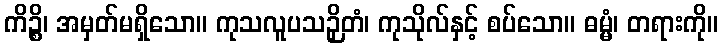
ကိဉ္စိ၊ အမှတ်မရှိသော။ ကုသလူပသဉှိတံ၊ ကုသိုလ်နှင့် စပ်သော။ ဓမ္မံ၊ တရားကို။